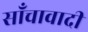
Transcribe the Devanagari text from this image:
साँचावादी